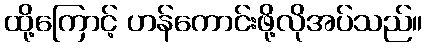
ထို့ကြောင့် ဟန်ကောင်းဖို့လိုအပ်သည်။